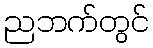
ညဘက်တွင်